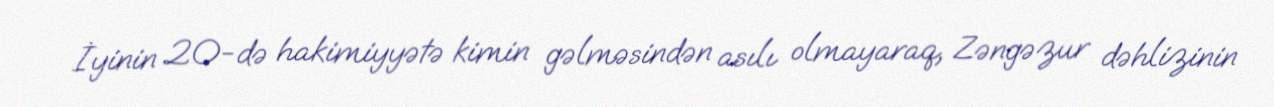
İyinin 20-də hakimiyyətə kimin gəlməsindən asılı olmayaraq, Zəngəzur dəhlizinin